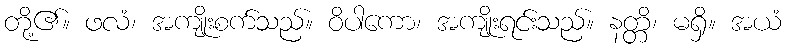
တို့၏။ ဖလံ၊ အကျိုးစက်သည်။ ဝိပါကော၊ အကျိုးရင်းသည်။ နတ္တိ၊ မရှိ။ အယံ